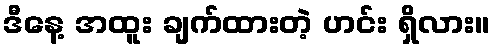
ဒီနေ့ အထူး ချက်ထားတဲ့ ဟင်း ရှိလား။